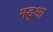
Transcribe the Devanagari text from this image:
मड़ूआ